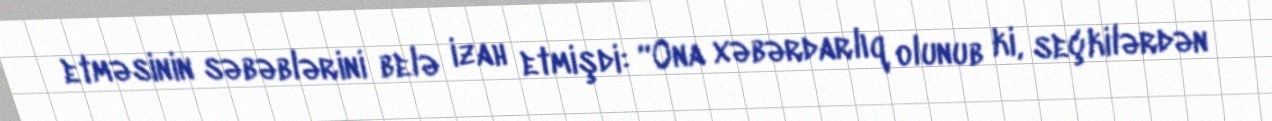
etməsinin səbəblərini belə izah etmişdi: “Ona xəbərdarlıq olunub ki, seçkilərdən